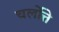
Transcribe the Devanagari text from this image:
चर्लोत्ते